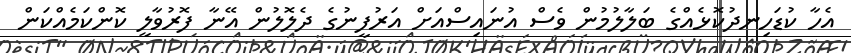
އެހާ ކުޑަހިނދުކޮޅެއްގެ ބަލާލުމުން ވެސް އުނައިސްއަށް އަރުފީނުގެ ދެލޮލުން އޭނާ ފޮރުވާލީ ކޮންކަމެއްކަން